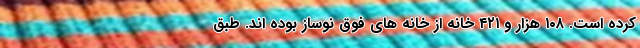
کرده است. ۱۰۸ هزار و ۴۲۱ خانه از خانه های فوق نوساز بوده اند. طبق